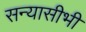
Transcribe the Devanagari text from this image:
सन्यासीभी